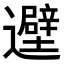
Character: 𬩮